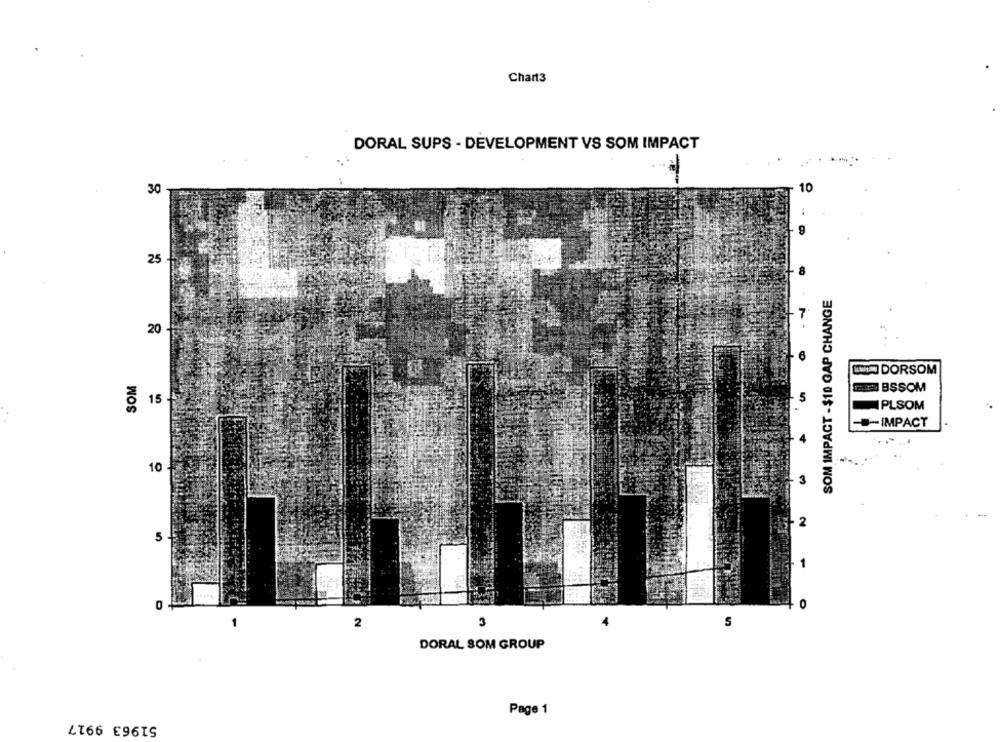
Chart3
DORAL SUPS - DEVELOPMENT VS SOM IMPACT
30
10
25
SOM IMPACT - $10 GAP CHANGE
20
6
DORSOM
SOM
BSSOM
15 -
PLSOM
-IMPACT
10
2
5
2
3
5
DORAL SOM GROUP
Page 1
51963 9917